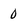
Character: 0